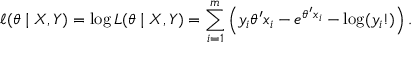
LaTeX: \ell ( \theta \mid X , Y ) = \log L ( \theta \mid X , Y ) = \sum _ { i = 1 } ^ { m } \left( y _ { i } \theta ^ { \prime } x _ { i } - e ^ { \theta ^ { \prime } x _ { i } } - \log ( y _ { i } ! ) \right) .